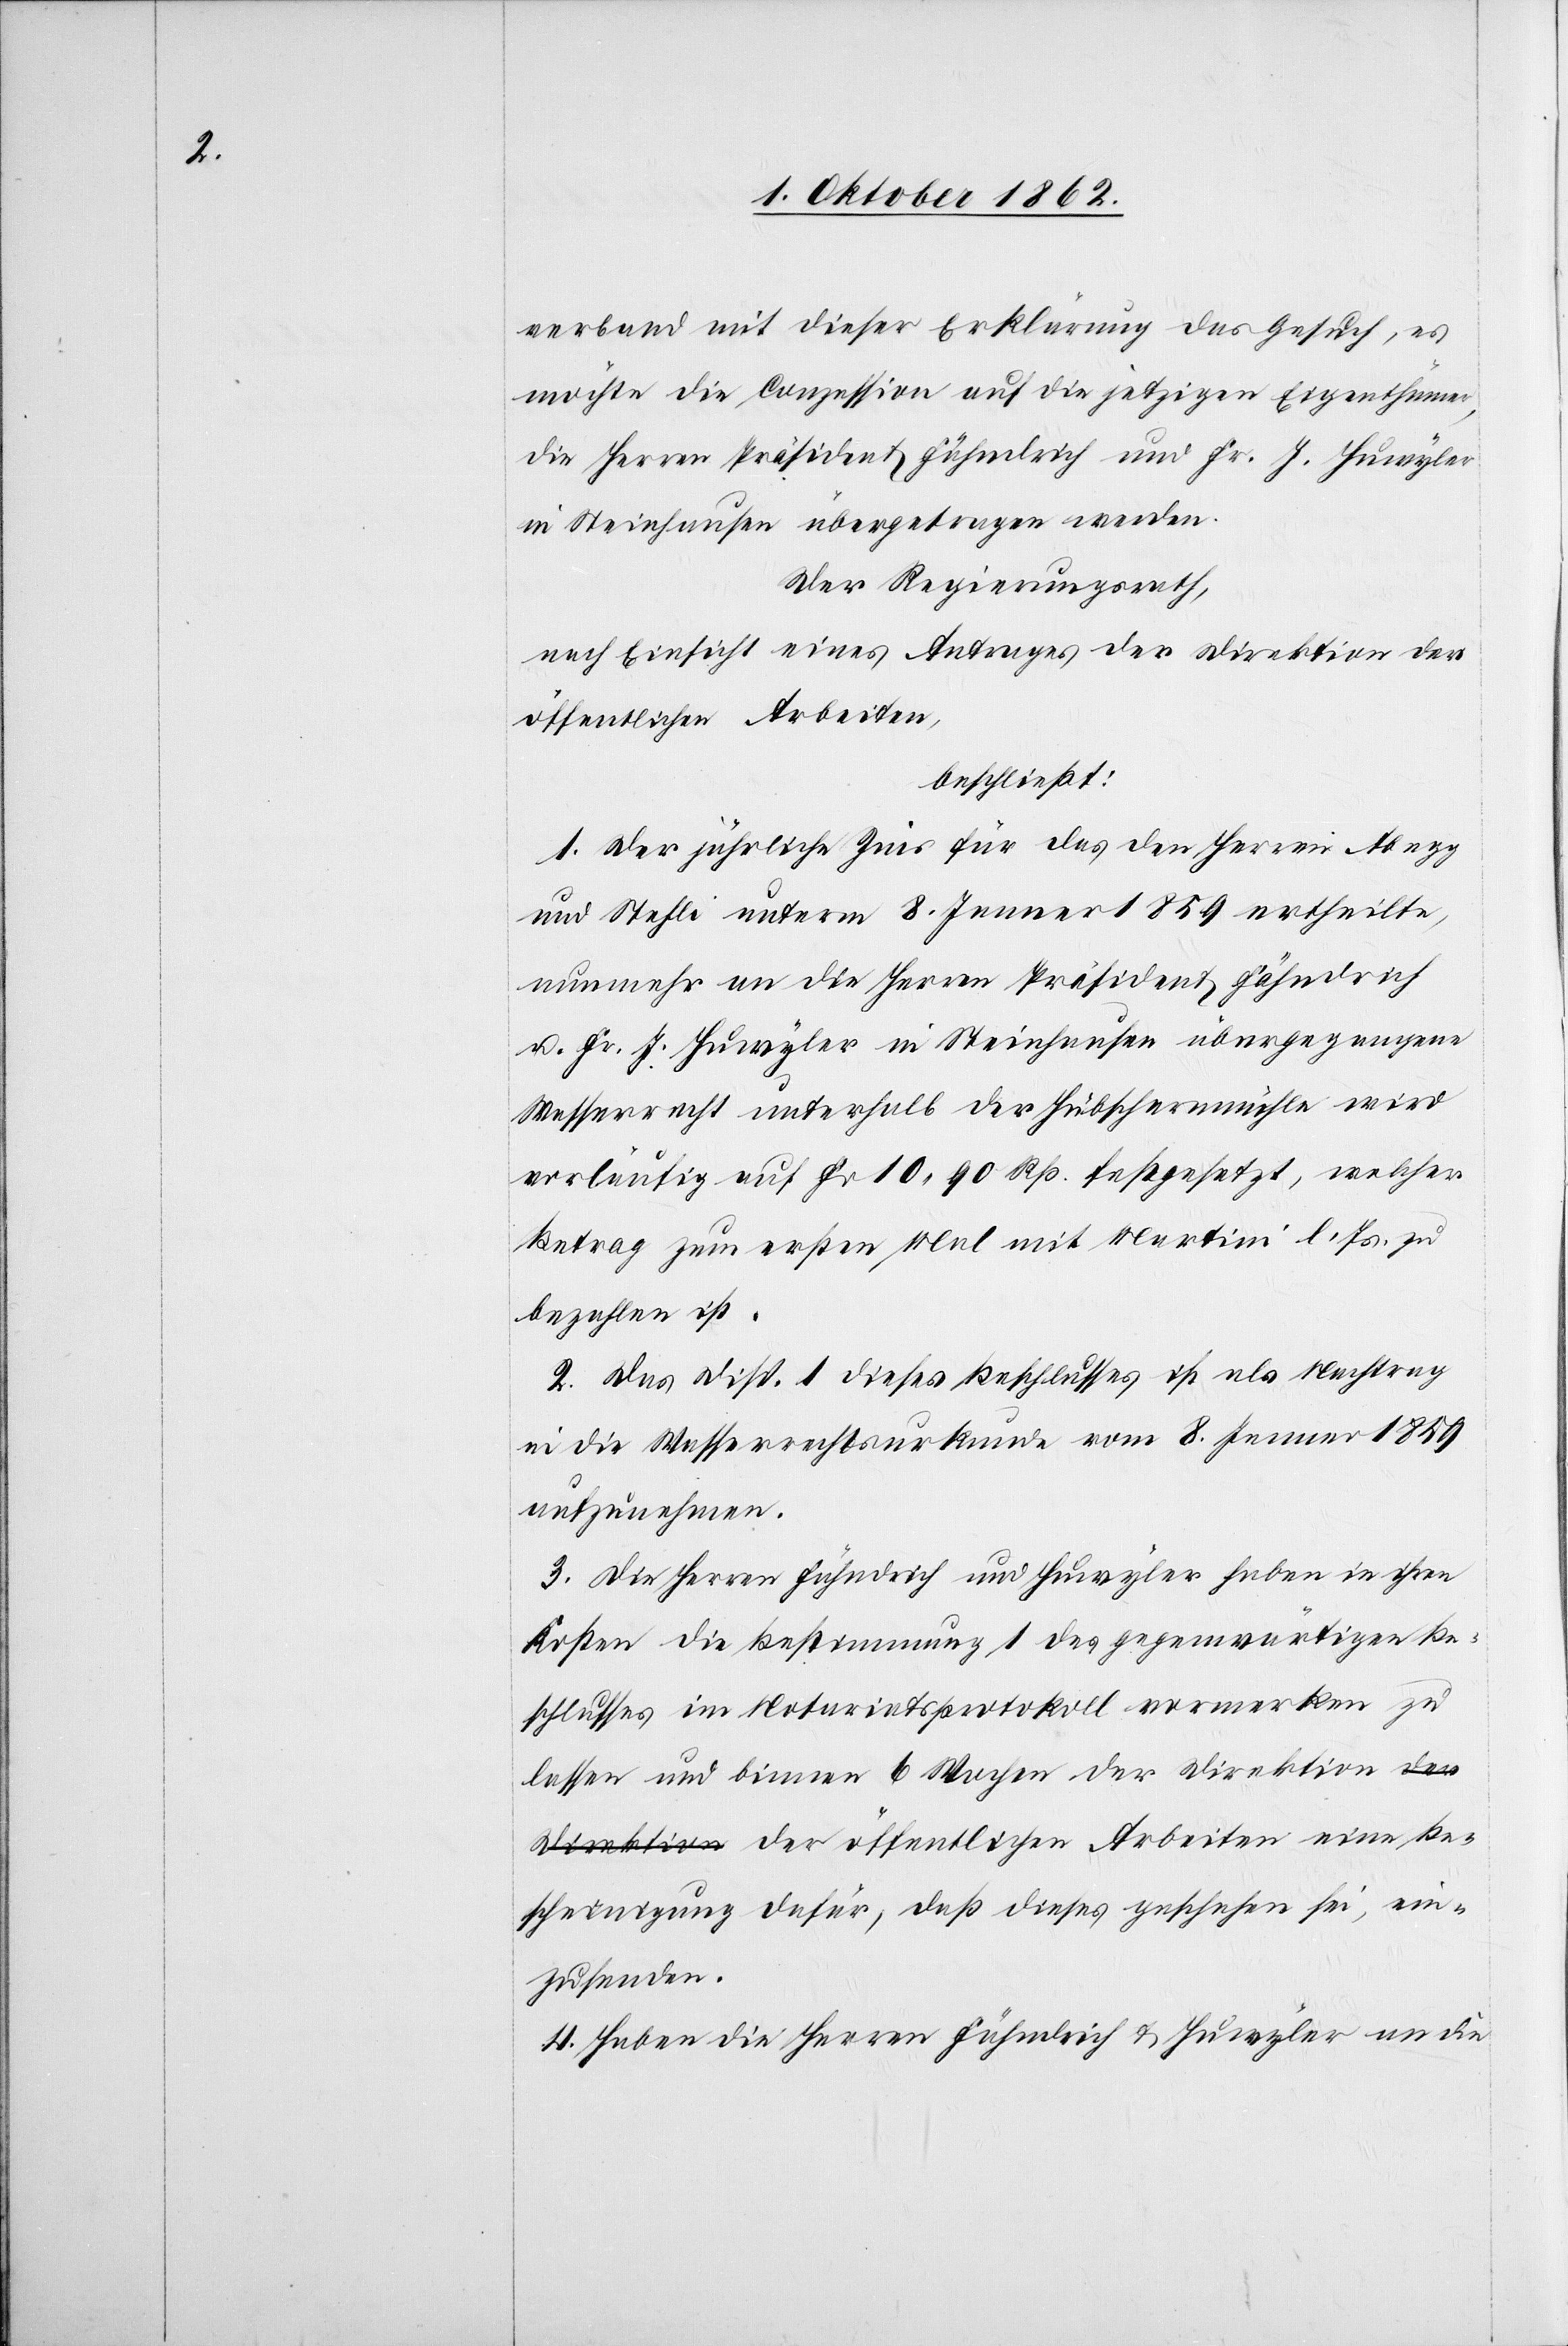
verband mit dieser Erklärung das Gesuch, es
möchte die Conzession auf die jetzigen Eigenthümer,
die Herren Präsident Fähndrich und Fr. J. Huwyler
in Steinhausen übergetragen werden.
Der Regierungsrath,
nach Einsicht eines Antrages der Direktion der
öffentlichen Arbeiten
beschließt:
1. Der jährliche Zins für das den Herren Abegg
und Stehli unterm 8. Jenner 1859 ertheilte,
nunmehr an die Herren Präsident Fähndrich
u. Fr. J. Huwyler in Steinhausen übergegangene
Wasserrecht unterhalb der Hubschermühle wird
vorläufig auf Fr.10. 90 Rp. festgesetzt, welcher
Betrag zum ersten Mal mit Martini l. Js. zu
bezahlen ist.
2. Das Disp. 1 dieses Beschlusses ist als Nachtrag
in die Wasserrechtsurkunde vom 8. Jenner 1859
aufzunehmen.
3. Die Herren Fähndrich und Huwyler haben in ihren
Kosten die Bestimmung 1 des gegenwärtigen Be¬
schlusses im Notariatsprotokoll vormerken zu
lassen und binnen 6 Wochen der Direktion der
Bescheinigung dafür, daß dieses geschehen sei, ein¬
zusenden.
4. Haben die Herren Fähndrich u. Huwyler an die